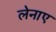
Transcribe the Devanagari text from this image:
लेनाए